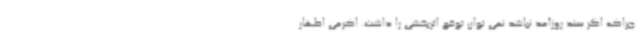
چراکه اگر سند روزآمد نباشد نمی توان توقع اثربخشی را داشت. اکرمی اظهار